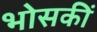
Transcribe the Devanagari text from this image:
भोसकीं